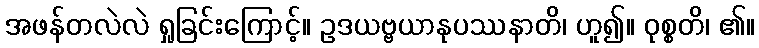
အဖန်တလဲလဲ ရှုခြင်းကြောင့်။ ဥဒယဗ္ဗယာနုပဿနာတိ၊ ဟူ၍။ ဝုစ္စတိ၊ ၏။